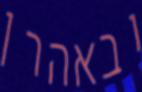
ובאהרן